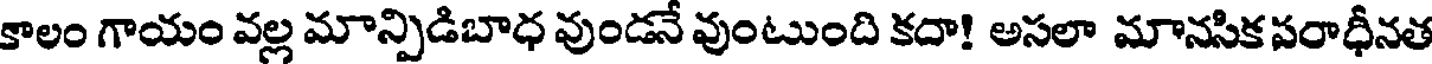
కాలం గాయం వల్ల మాన్పిడిబాధ వుండనే వుంటుంది కదా! అసలా మానసికపరాధీనత